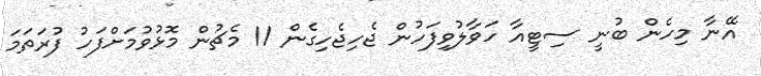
އޭނާ މިހެން ބުނީ ސިޓީއާ ހަވާލުވިފަހުން ޖެހިޖެހިގެން 11 މެޗުން މޮޅުވުމަށްފަހު ފުރަތަމަ